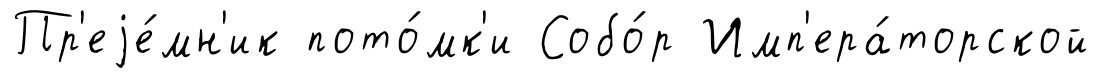
Пр'еjе́мн'ик пото́мк'и Собо́р Имп'ера́торской